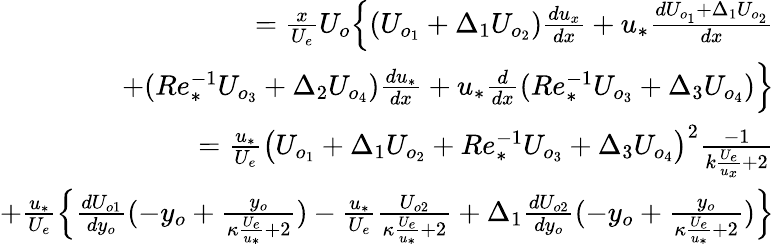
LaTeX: \begin{array}{r}{=\frac{x}{U_{e}}U_{o}\Big\{ (U_{o_{1}}+\Delta_{1}U_{o_{2}})\frac{du_{x}}{dx}+u_{*}\frac{dU_{o_{1}}+\Delta_{1}U_{o_{2}}}{dx}}\\ {+(Re_{*}^{-1}U_{o_{3}}+\Delta_{2}U_{o_{4}})\frac{du_{*}}{dx}+u_{*}\frac{d}{dx}(Re_{*}^{-1}U_{o_{3}}+\Delta_{3}U_{o_{4}})\Big\} }\\ {=\frac{u_{*}}{U_{e}}\big(U_{o_{1}}+\Delta_{1}U_{o_{2}}+Re_{*}^{-1}U_{o_{3}}+\Delta_{3}U_{o_{4}}\big)^{2}\frac{-1}{k\frac{U_{e}}{u_{x}}+2}}\\ {+\frac{u_{*}}{U_{e}}\Big\{ \frac{dU_{o1}}{dy_{o}}(-y_{o}+\frac{y_{o}}{\kappa\frac{U_{e}}{u_{*}}+2})-\frac{u_{*}}{U_{e}}\frac{U_{o2}}{\kappa\frac{U_{e}}{u_{*}}+2}+\Delta_{1}\frac{dU_{o2}}{dy_{o}}(-y_{o}+\frac{y_{o}}{\kappa\frac{U_{e}}{u_{*}}+2})\Big\} }\end{array}